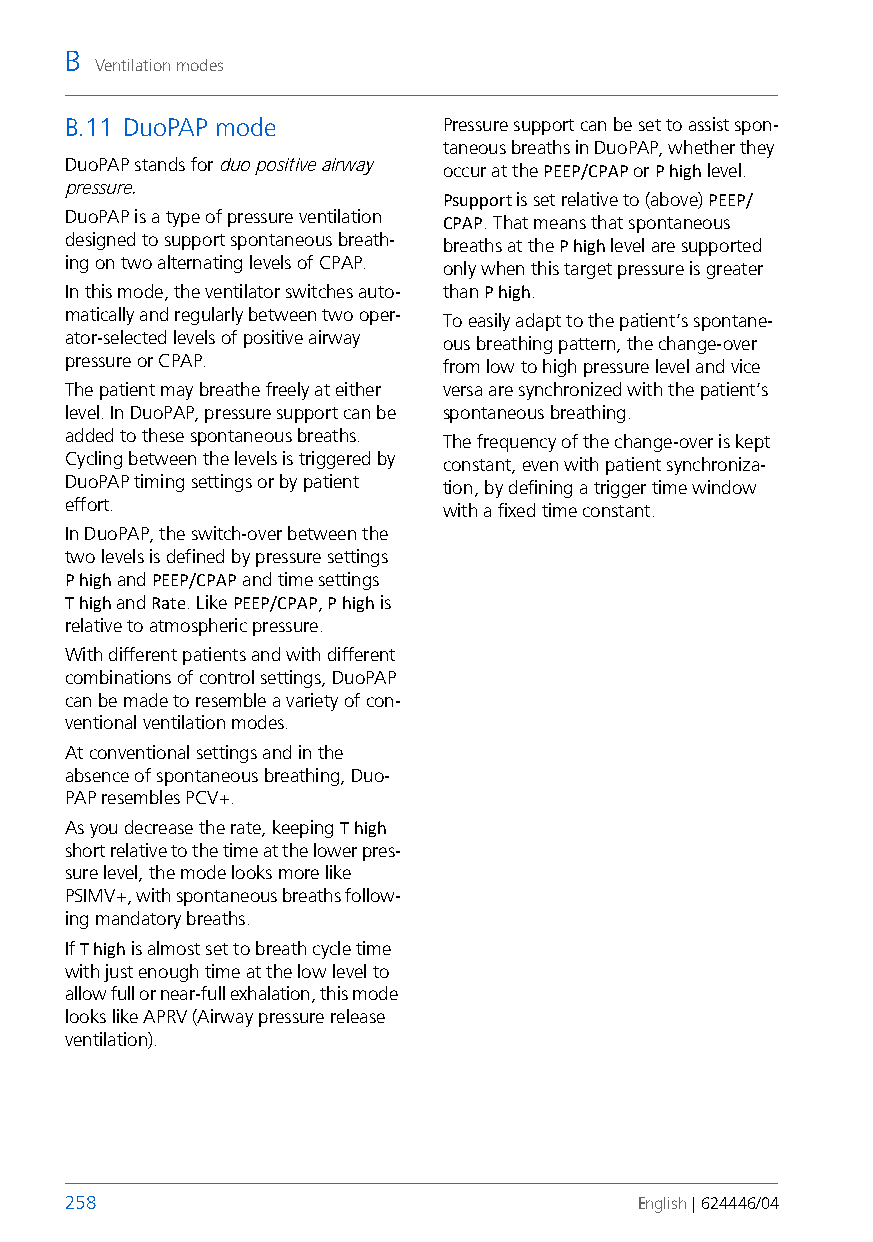
B
 Ventilation modes
 B.11 DuoPAP mode         Pressure support can be set to assist spon-
 taneous breaths in DuoPAP, whether they
 DuoPAP stands for duo positive airway
 occur at the PEEP/CPAP or Phigh level.
 pressure.
 Psupport is set relative to (above) PEEP/
 DuoPAP is a type of pressure ventilation
 CPAP. That means that spontaneous
 designed to support spontaneous breath-
 breaths at the P high level are supported
 ing on two alternating levels of CPAP.
 only when this target pressure is greater
 In this mode, the ventilator switches auto- than P high.
 matically and regularly between two oper-
 To easily adapt to the patient’s spontane-
 ator-selected levels of positive airway
 ous breathing pattern, the change-over
 pressure or CPAP.
 from low to high pressure level and vice
 The patient may breathe freely at either versa are synchronized with the patient’s
 level. In DuoPAP, pressure support can be spontaneous breathing.
 added to these spontaneous breaths.
 The frequency of the change-over is kept
 Cycling between the levels is triggered by
 constant, even with patient synchroniza-
 DuoPAP timing settings or by patient
 tion, by defining a trigger time window
 effort.
 with a fixed time constant.
 In DuoPAP, the switch-over between the
 two levels is defined by pressure settings
 Phigh and PEEP/CPAP and time settings
 Thigh and Rate. Like PEEP/CPAP, Phigh is
 relative to atmospheric pressure.
 With different patients and with different
 combinations of control settings, DuoPAP
 can be made to resemble a variety of con-
 ventional ventilation modes.
 At conventional settings and in the
 absence of spontaneous breathing, Duo-
 PAP resembles PCV+.
 As you decrease the rate, keeping T high
 short relative to the time at the lower pres-
 sure level, the mode looks more like
 PSIMV+, with spontaneous breaths follow-
 ing mandatory breaths.
 If T high is almost set to breath cycle time
 with just enough time at the low level to
 allow full or near-full exhalation, this mode
 looks like APRV (Airway pressure release
 ventilation).
 258                                   English | 624446/04